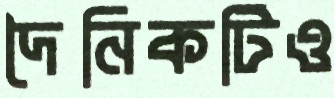
দৈনিকটিও